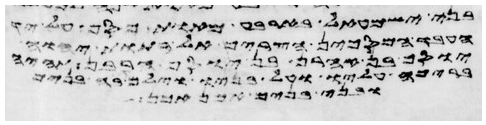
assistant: בני ישראל אשר שמו עליהם
עבר בין הגזרים האלה ביום
וסמך אהרן ובניו את ידיהם
ויעשו על שולי המעיל רמוני
בני בנימים אבידן בן